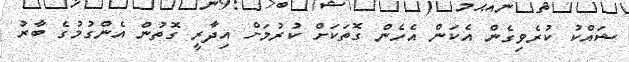
ޝައްކު ކުރެވިގެން އެކަން އެހެން ގޮތަކަށް ކުރުމަށް އިދާރީ ގޮތުން އެންގުމުގެ ބާރު